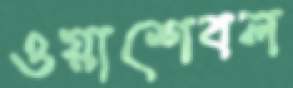
ওয়াশেবল